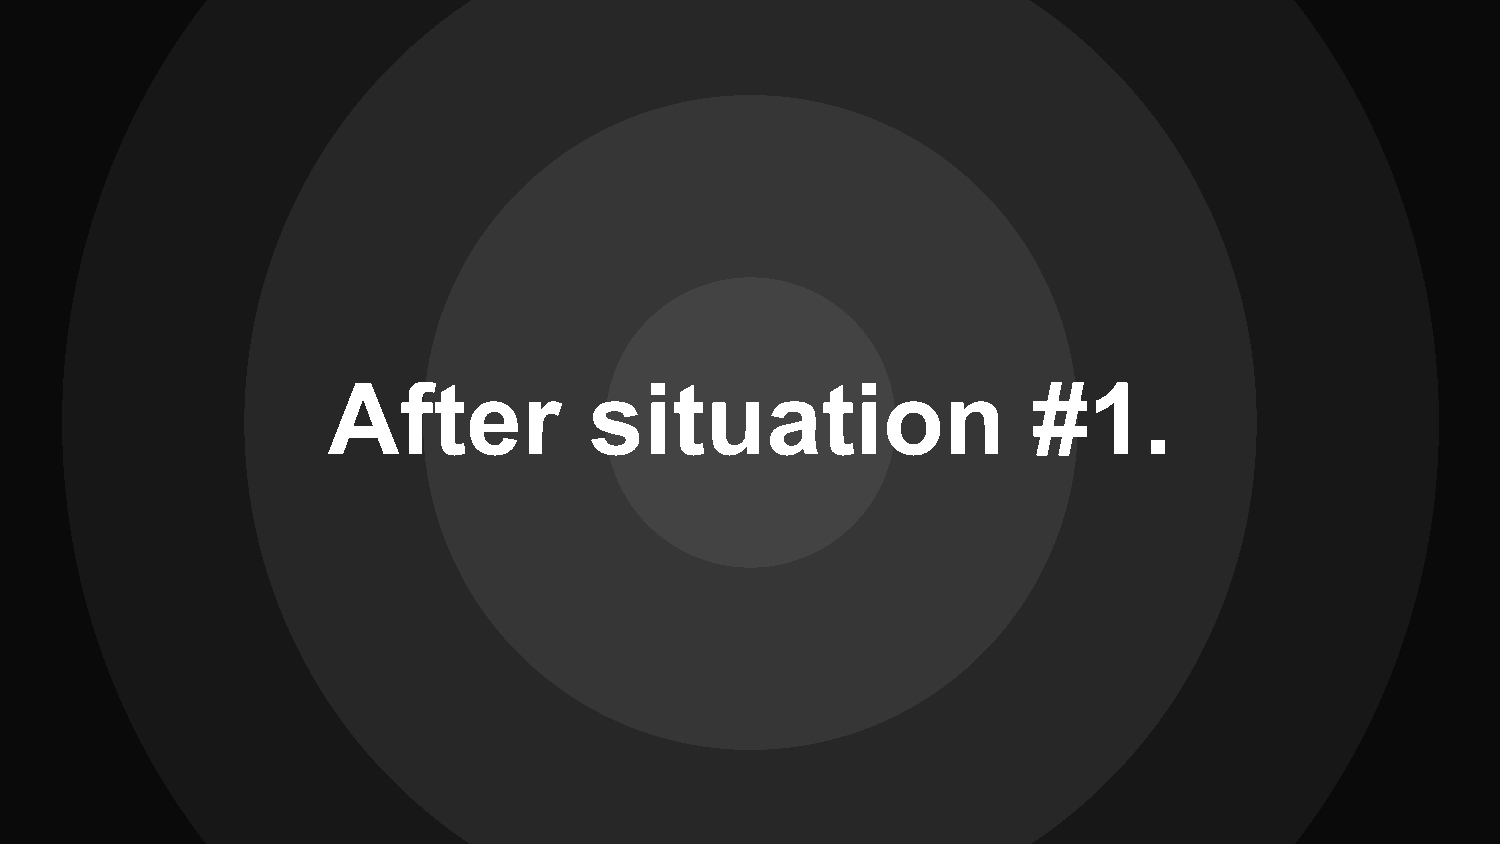
After            situation                    #1.